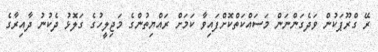
ރޭ ގްރޫޕަކުން ވަދެގަންނަން މަސައްކަތްކޮށްފައިވާ ކަމަށް ރައްޔިތުންގެ މަޖިލީހުގެ ގަލޮޅު ދެކުނު ދާއިރާގެ